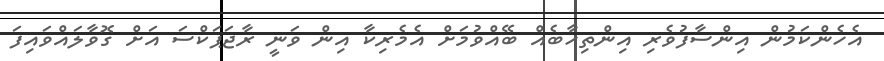
އެހެންކަމުން އިންސާފުވެރި އިންތިހާބެއް ބޭއްވުމަށް އެމެރިކާ އިން ވަނީ ރާޖަޕަކްސަ އަށް ގޮވާލައްވައިފަ